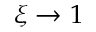
\xi \rightarrow 1